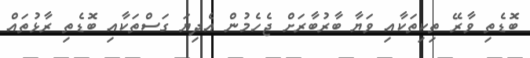
ބޮޑެތި ވާރޭ ތިކިތަކާއި ވަޔާ ބާރުބާރަށް ޖެހެމުން އެދިޔަ ގަސްތަކާއި ބޮޑެތި ރާޅުތައް